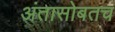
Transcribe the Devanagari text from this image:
अंतासोबतच